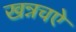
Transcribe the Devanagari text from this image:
खन्नचऐ